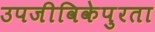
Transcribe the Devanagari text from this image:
उपजीविकेपुरता